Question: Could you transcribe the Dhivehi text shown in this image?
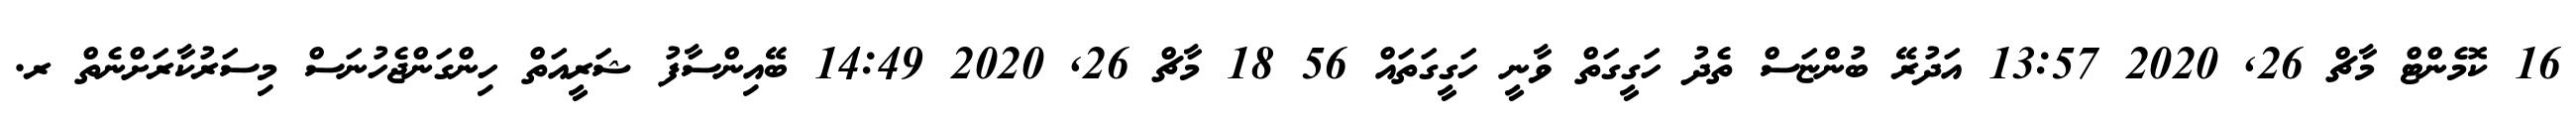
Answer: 16 ކޮމެންޓް މާޗް 26, 2020 13:57 އަދުރޭ ބުންޏަސް ތެދު ހަގީގަތް ވާނީ ހަގީގަތައް 56 18 މާޗް 26, 2020 14:49 ބޭއިންސާފު ޝަރީއަތް ހިންގަންޖެހުނަސް މިސަރުކާރަށްނެތް ރ.